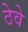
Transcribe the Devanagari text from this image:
ठेवे